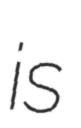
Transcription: is